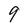
Character: 9